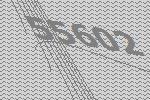
55602